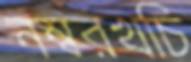
নম্বরখচি